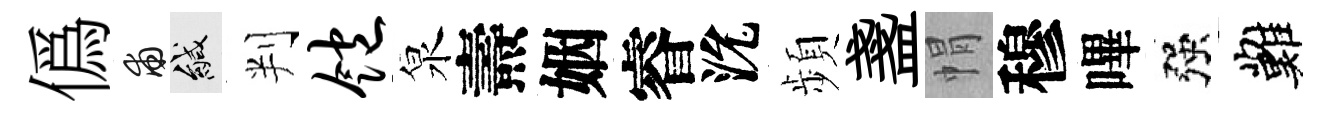
僞甫緘判饱泉燾姻睿沇頻盞㡌穆嗶强難